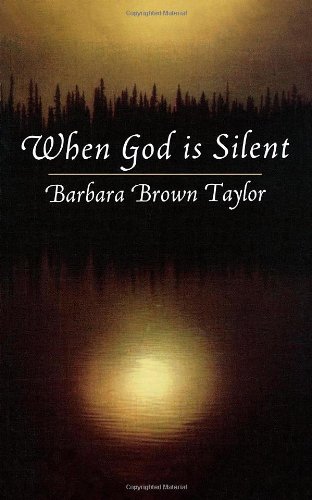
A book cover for When God Is Silent (Lyman Beecher Lectures on Preaching); Barbara Taylor; Christian Books & Bibles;